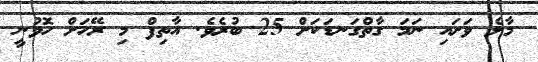
މާލެ ވަށައި ނަމަ ގާތްގަނޑަކަށް 25 ބުރެވެ. އާތިފް މި ރޭހަށް ހޮވުނީ